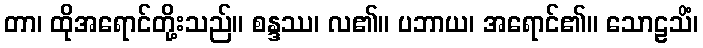
တာ၊ ထိုအရောင်တို့းသည်။ စန္ဒဿ၊ လ၏။ ပဘာယ၊ အရောင်၏။ သောဠသိံ၊